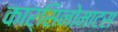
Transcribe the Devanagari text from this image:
कार्सिनोमाटस